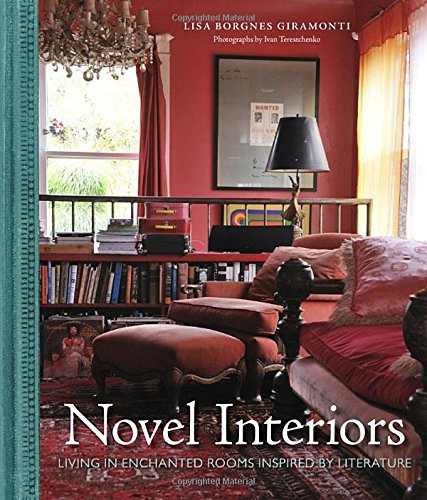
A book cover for Novel Interiors: Living in Enchanted Rooms Inspired by Literature; Lisa Borgnes Giramonti; Arts & Photography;